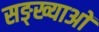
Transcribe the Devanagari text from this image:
सङ्ख्याअाें